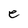
Character: e